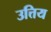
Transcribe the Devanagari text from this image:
उत्तिय